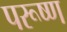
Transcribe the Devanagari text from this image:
परूष्ण